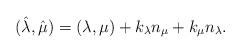
LaTeX: \begin{align*}(\hat{\lambda},\hat{\mu})=(\lambda,\mu)+k_{\lambda}n_{\mu}+k_{\mu}n_{\lambda}.\end{align*}